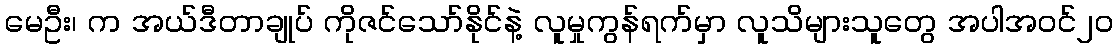
မေဦး၊ က အယ်ဒီတာချုပ် ကိုဇင်သော်နိုင်နဲ့ လူမှုကွန်ရက်မှာ လူသိများသူတွေ အပါအဝင်၂ဝ